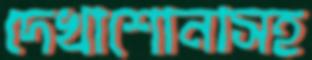
দেখাশোনাসহ